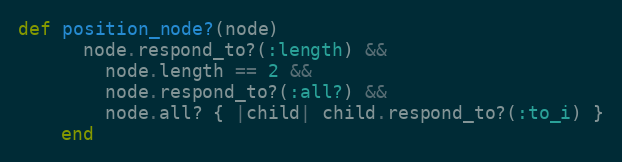
Language: Ruby
def position_node?(node)
      node.respond_to?(:length) &&
        node.length == 2 &&
        node.respond_to?(:all?) &&
        node.all? { |child| child.respond_to?(:to_i) }
    end